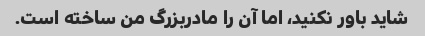
شاید باور نکنید، اما آن را مادربزرگ من ساخته است.